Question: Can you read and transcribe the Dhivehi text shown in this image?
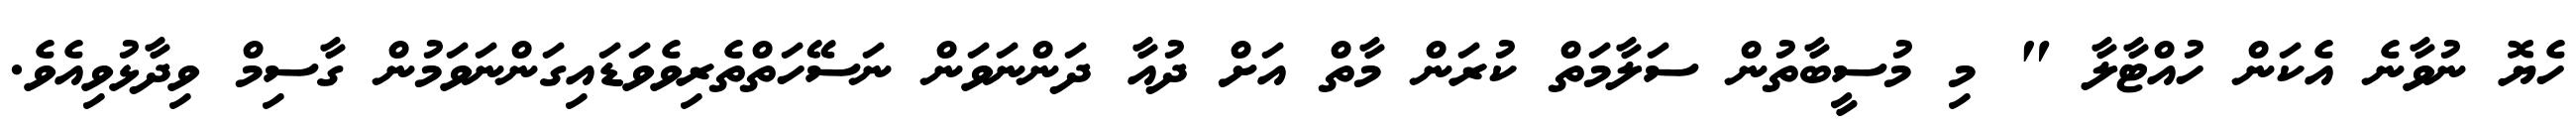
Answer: ހެޔޮ ނުވާނެ އެކަން ހުއްޓާލާ " މި މުސީބާތުން ސަލާމަތް ކުރަން މާތް އަށް ދުއާ ދަންނަވަން ނަސޭހަތްތެރިވެވަޑައިގަންނަވަމުން ގާސިމް ވިދާޅުވިއެވެ.